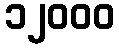
၁၂၀၀၀